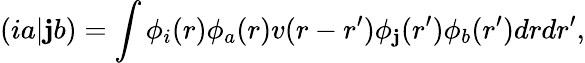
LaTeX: (ia|\mathbf{j}b)=\int\phi_{i}(r)\phi_{a}(r)v(r-r^{\prime})\phi_{\mathbf{j}}(r^{\prime})\phi_{b}(r^{\prime})drdr^{\prime},